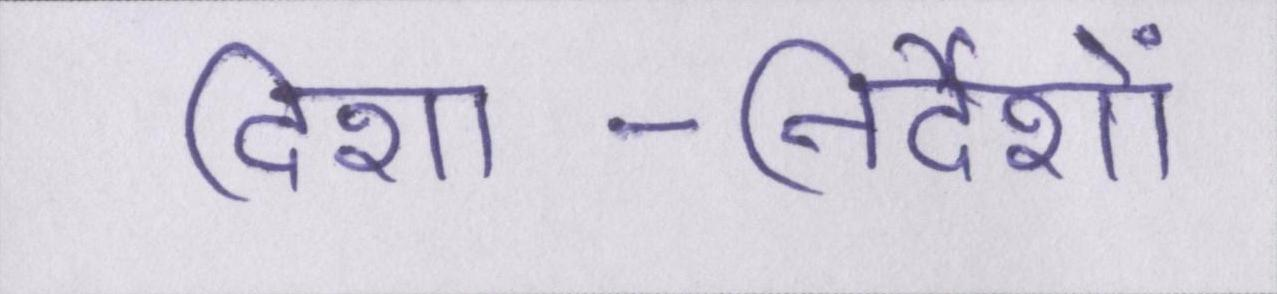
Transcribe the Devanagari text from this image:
दिशा-निर्देशों